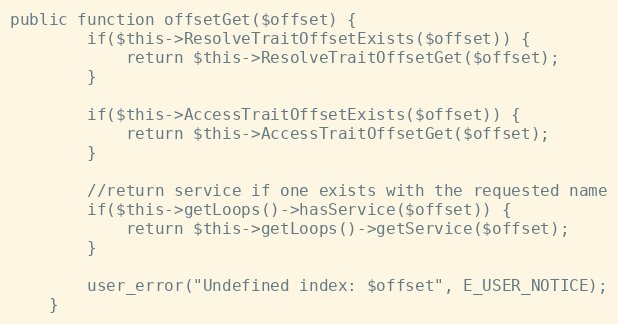
Language: PHP
public function offsetGet($offset) {
        if($this->ResolveTraitOffsetExists($offset)) {
            return $this->ResolveTraitOffsetGet($offset);
        }

        if($this->AccessTraitOffsetExists($offset)) {
            return $this->AccessTraitOffsetGet($offset);
        }

        //return service if one exists with the requested name
        if($this->getLoops()->hasService($offset)) {
            return $this->getLoops()->getService($offset);
        }

        user_error("Undefined index: $offset", E_USER_NOTICE);
    }